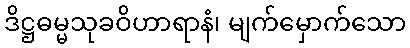
ဒိဋ္ဌဓမ္မသုခဝိဟာရာနံ၊ မျက်မှောက်သော